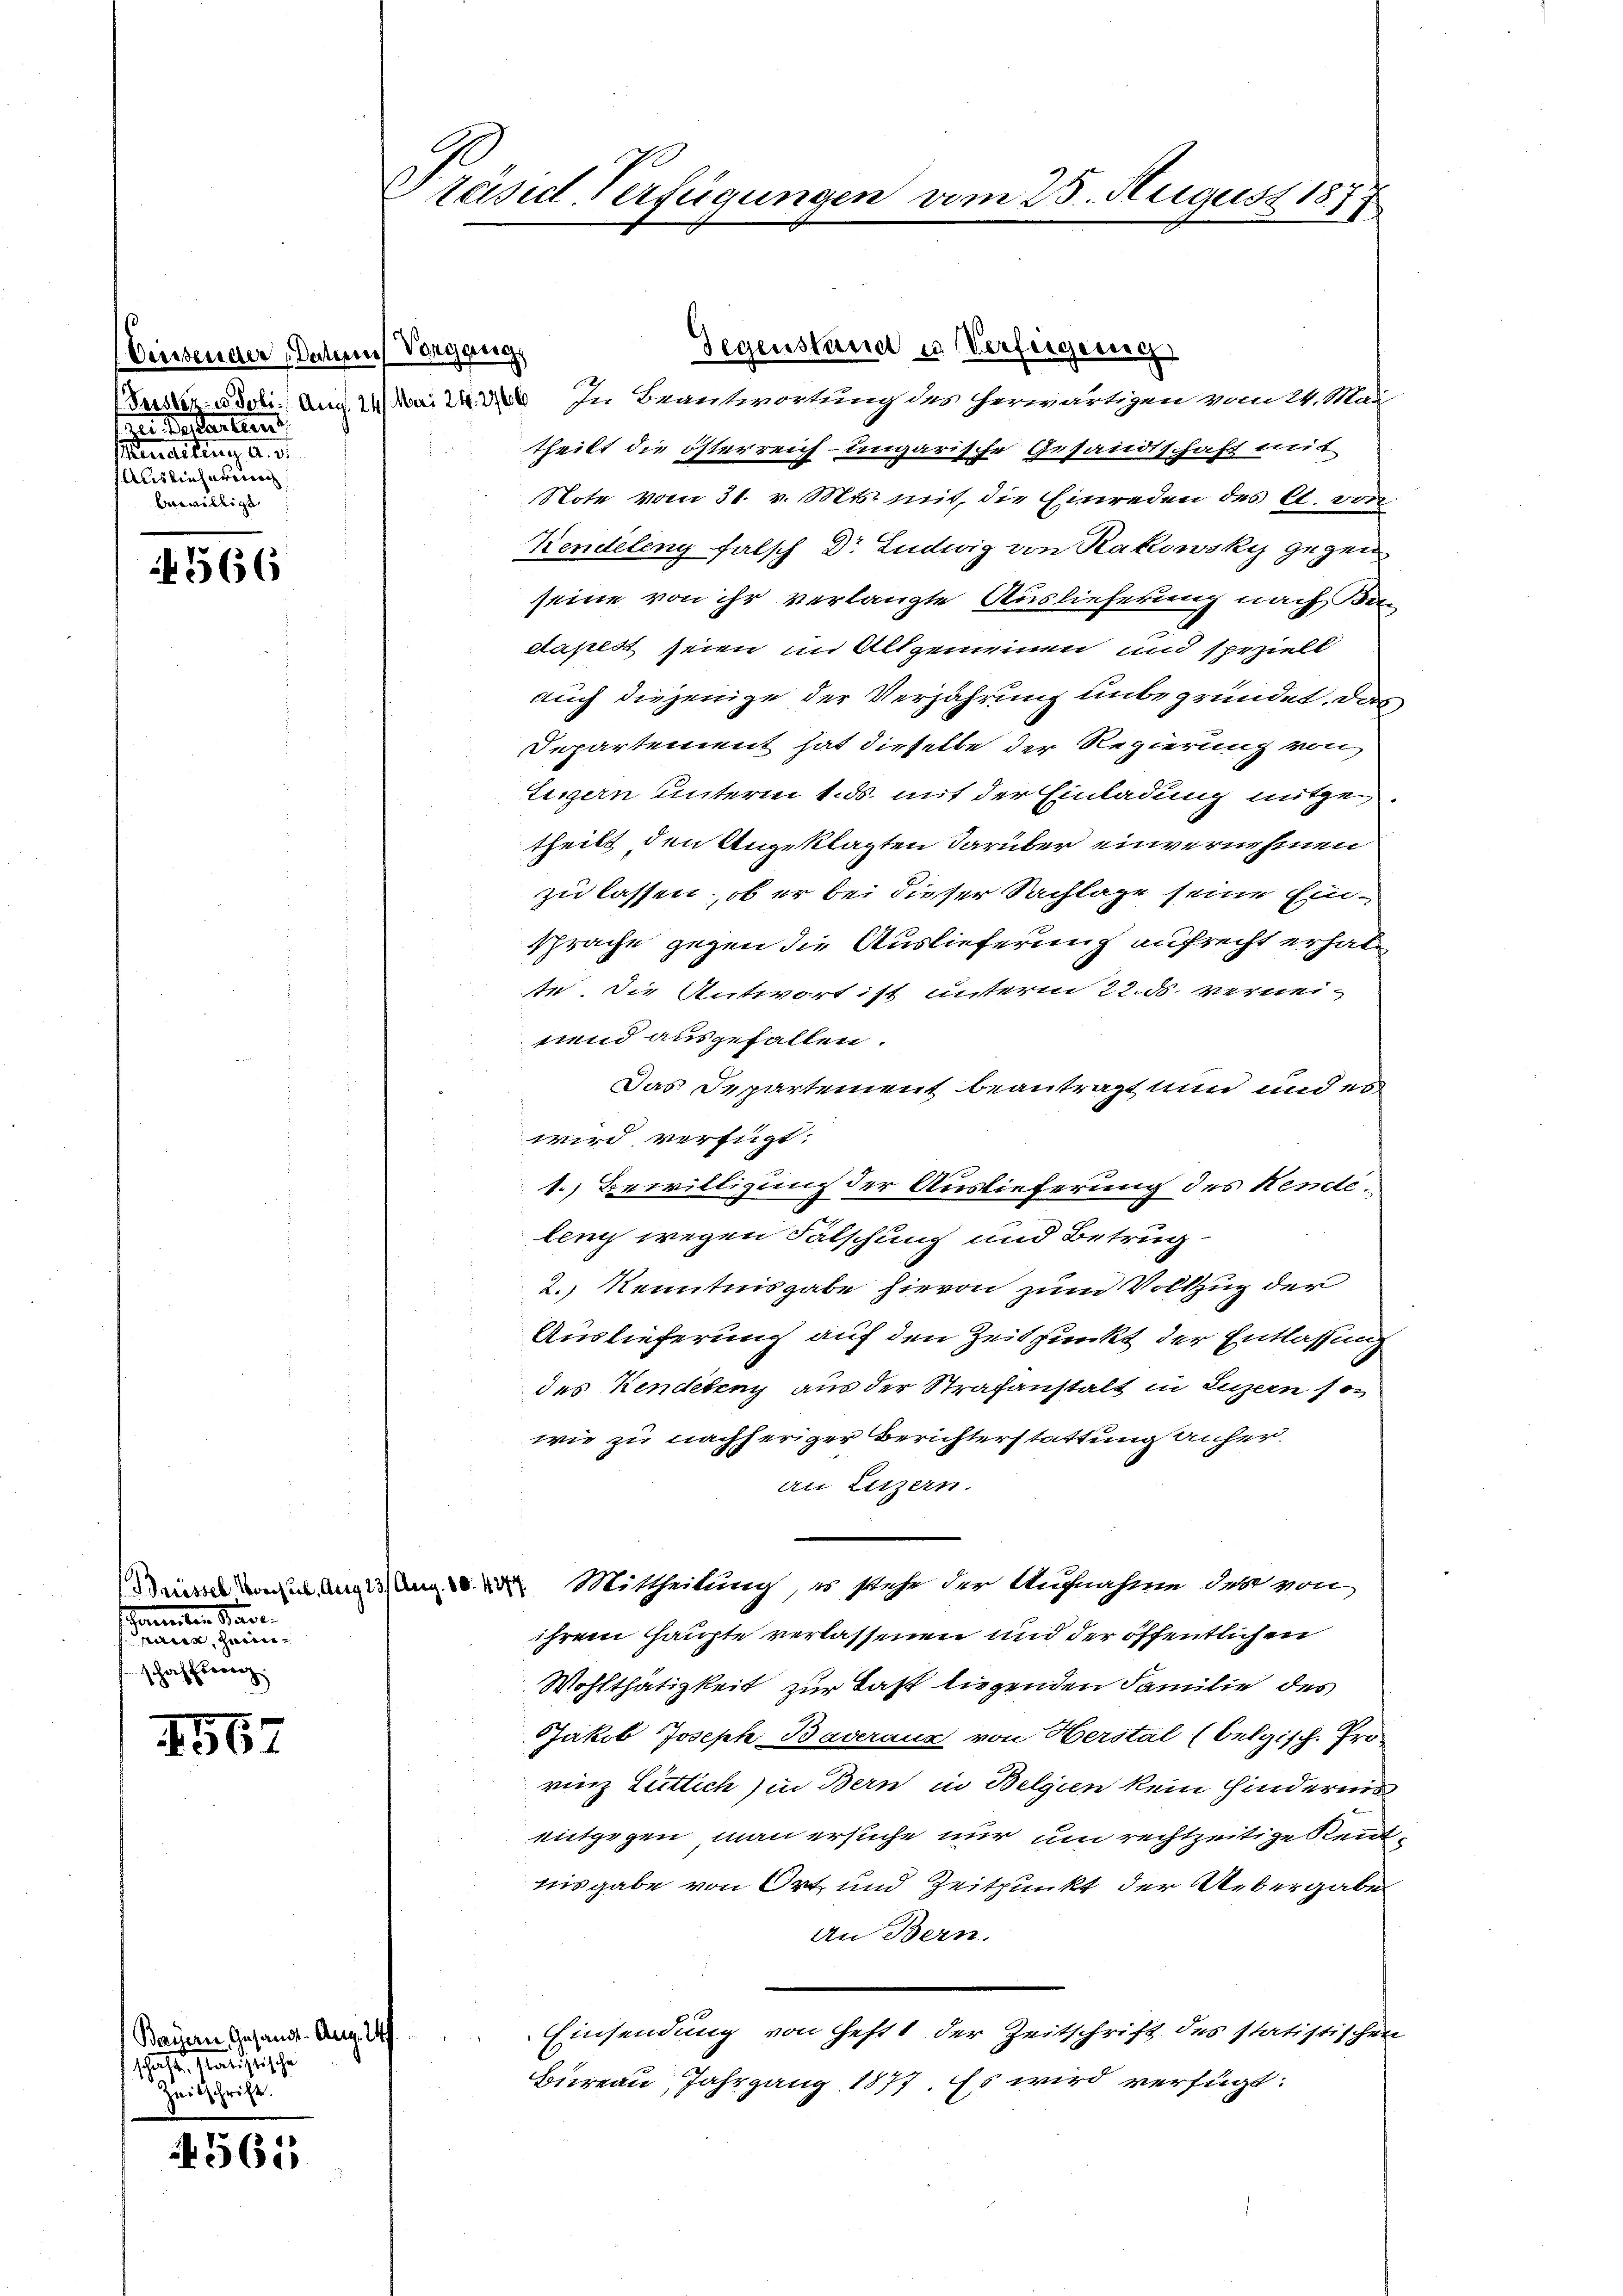
Einsender Datum Vorgang
ei Pestanternt.
enaltung a. d.
Auslieferung
Anwilligt

566

Bressel Vorhut, Aug 23. Aug. 10. 4277.
e
denen eine ein
schafferenz.

4567

Bauern Gesandte. Aug. 14.
schaften Malistische
Zeitschrift.

4561

Präsid Verfügungen vom

Unster aboli. Aug. 14 Mai 228. In Beantwortung des herwärtigen vom 24. Mai
theilt die österreich- ungarische Gesandtschaft mit
Note vom 31. v. Mts. mit, die Einreden des C. von
Kendeleng falsch Dr Ludwig an Rakowsky gegen
seine von ihr verlangte Auslieferung nach Bin
dapest seien im Allgemmen und speziell
auch diejenige der Verjährung unbegründet. Das
Departement hat dieselbe der Regierung von
Lezzern unterm 1. ds. mit der Einladung mitgetheilt den Angeklagten darüber einvernehmen
zu lassen, ob er bei dieser Sachlage seine Einsprache gegen die Auslieferung aufrecht erhal
te. Die Antwort ist unterm 22. ds. verneinend ausgefallen.
Das Departement beantragt nun und es
wird verfügt:
1.) Bewilligung der Auslieferung des Rendelenz wegen Fälschung und Betrug.
2.) Kenntnisgabe hievon zum Vollzug der
Auslieferung auf den Zeitpunkt der Entlassung
des Kendeteny aus der Strafanstalt in Luzern son
wie zu nachheriger Berichterstattung anheran Luzern.
Mittheilung, es stehe der Aufnahme der von
ihrem Haupte verlassenen und der öffentlichen
Wohlthätigkeit zur Last liegenden Familie des
Jakob Joseph Baveraux von Herstal (belgisch. Pro
rinz Lütlich) in Bern in Belgien kein Hindernis
entgegen man ersuche nur um rechtzeitige Rent
nisgabe von Ort und Zeitpunkt der Uebergabe
An Bern.
Einsendung von Heft der Zeitschrift des statistischen
Bureau, Jahrgang 1877. Es wird verfügt:

Gegenstand u Verfügungs

25. August 187
c